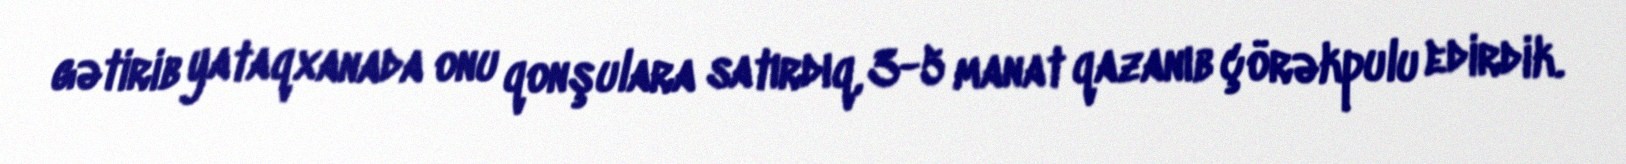
gətirib yataqxanada onu qonşulara satırdıq, 3-5 manat qazanıb çörəkpulu edirdik.